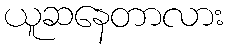
ယူဆနေတာလား